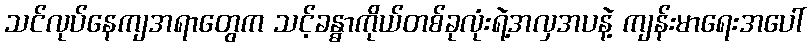
သင်လုပ်နေကျအရာတွေက သင့်ခန္ဓာကိုယ်တစ်ခုလုံးရဲ့အလှအပနဲ့ ကျန်းမာရေးအပေါ်